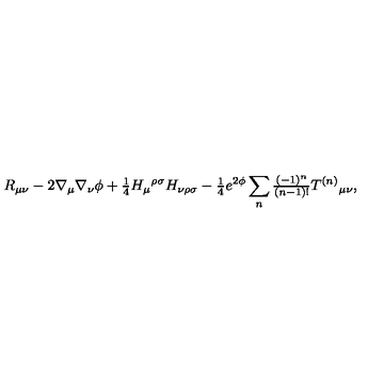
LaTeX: R _ { \mu \nu } - 2 \nabla _ { \mu } \nabla _ { \nu } \phi + { \textstyle \frac { 1 } { 4 } } H _ { \mu } { } ^ { \rho \sigma } H _ { \nu \rho \sigma } - { \textstyle \frac { 1 } { 4 } } e ^ { 2 \phi } \sum _ { n } { \textstyle \frac { ( - 1 ) ^ { n } } { ( n - 1 ) ! } } T ^ { ( n ) } { } _ { \mu \nu } ,